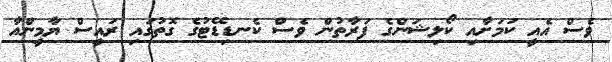
ވެސް އެއީ ކަމަށާއި ކޯލިޝަންގެ ފަރާތުން ވެސް ކެނޑިޑޭޓުގެ ގޮތުގައި ރައީސް ޔާމީންއާ